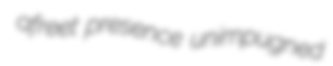
afreet presence unimpugned